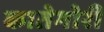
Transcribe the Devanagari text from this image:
कातेगोरी